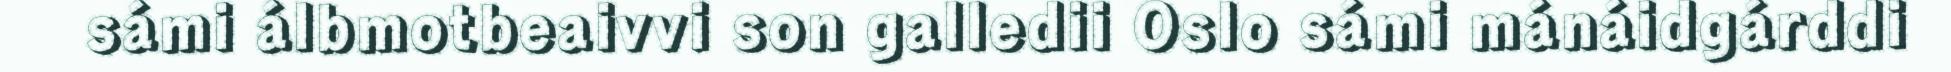
sámi álbmotbeaivvi son galledii Oslo sámi mánáidgárddi